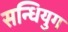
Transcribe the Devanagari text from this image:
सन्धियुग